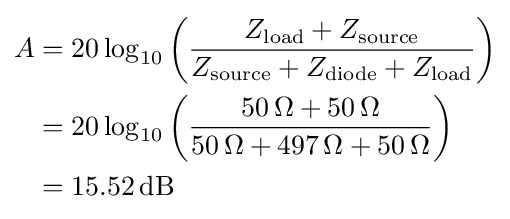
{\begin{aligned}A&=20\log _{10}\left({\frac {Z_{\mathrm {load} }+Z_{\mathrm {source} }}{Z_{\mathrm {source} }+Z_{\mathrm {diode} }+Z_{\mathrm {load} }}}\right)\\&=20\log _{10}\left({\frac {50\,\Omega +50\,\Omega }{50\,\Omega +497\,\Omega +50\,\Omega }}\right)\\&={15.52}\,\mathrm {dB} \end{aligned}}